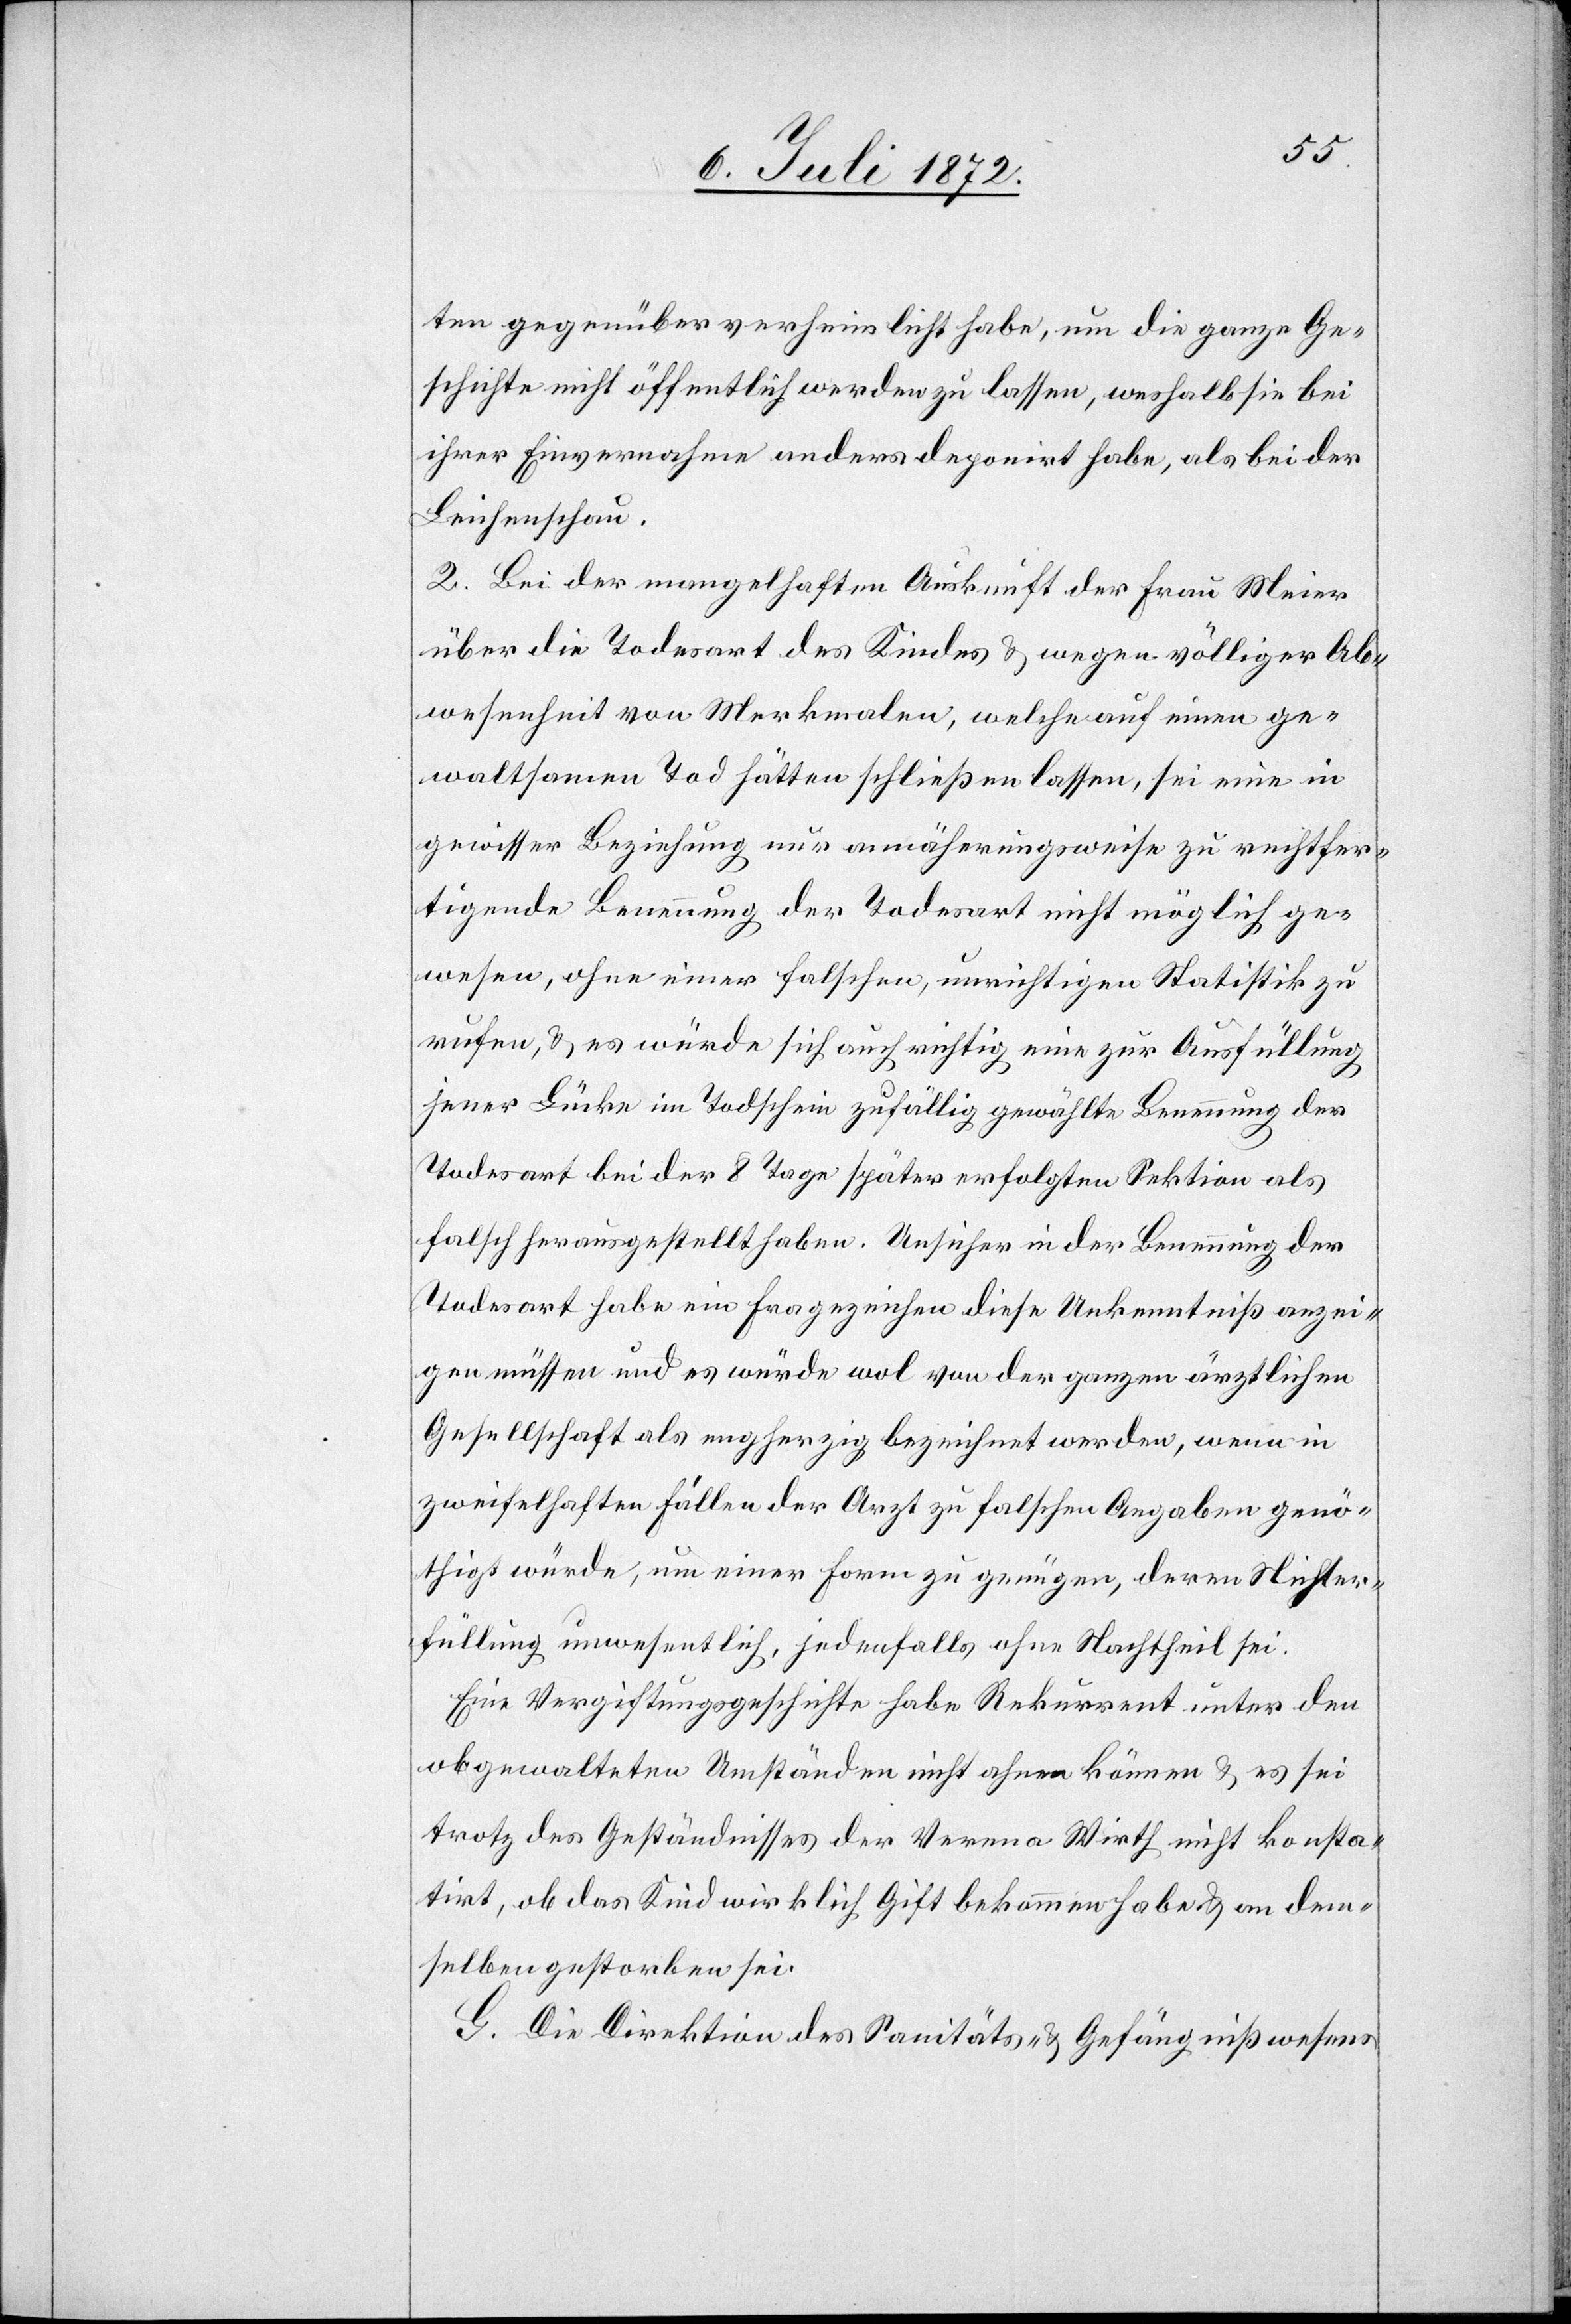
ten gegenüber verheimlicht habe, um die ganze Ge¬
schichte nicht öffentlich werden zu lassen, weshalb sie bei
ihrer Einvernahme anders deponirt habe, als bei der
Leichenschau.
2. Bei der mangelhaften Auskunft der Frau Meier
über die Todesart des Kindes u. wegen völliger Ab¬
wesenheit von Merkmalen, welche auf einen ge¬
waltsamen Tod hätten schließen lassen, sei eine in
gewisser Beziehung nur annäherungsweise zu rechtfer¬
tigende Benennung der Todesart nicht möglich ge¬
wesen, ohne einer falschen, unrichtigen Statistik zu
rufen, u. es würde sich auch richtig eine zur Ausfüllung
jener Lücke im Todschein zufällig gewählte Benennung der
Todesart bei der 8 Tage später erfolgten Sektion als
falsch herausgestellt haben. Unsicher in der Benennung der
Todesart habe ein Fragezeichen diese Unkenntniß anzei¬
gen müssen und es würde wol von der ganzen ärztlichen
Gesellschaft als engherzig bezeichnet werden, wenn in
zweifelhaften Fällen der Arzt zu falschen Angaben genö¬
thigt würde, um einer Form zu genügen, deren Nichter¬
füllung unwesentlich, jedenfalls ohne Nachtheil sei.
Eine Vergiftungsgeschichte habe Rekurrent unter den
obgewalteten Umständen nicht ahnen können u. es sei
trotz des Geständnisses der Verena Wirth nicht konsta¬
tirt, ob das Kind wirklich Gift bekommen habe u. an dem¬
selben gestorben sei.
G. Die Direktion des Sanitäts- u. Gefängnißwesens